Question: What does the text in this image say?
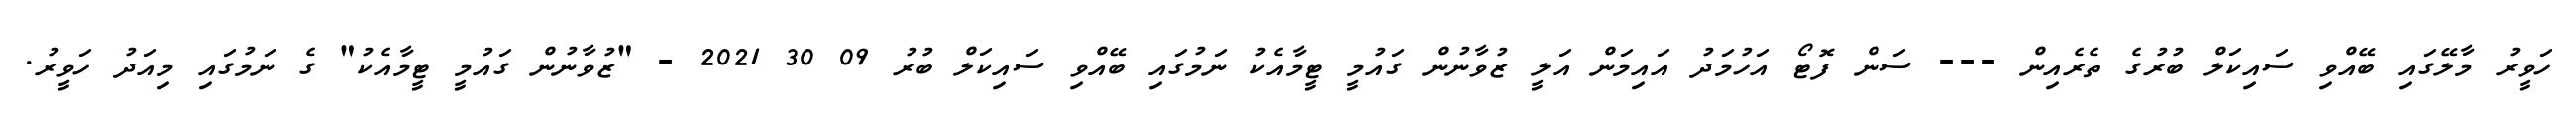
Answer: ހަވީރު މާލޭގައި ބޭއްވި ސައިކަލް ބުރުގެ ތެރެއިން --- ސަން ފޮޓޯ އަހުމަދު އައިމަން އަލީ ޒުވާނުން ގައުމީ ޓީމާއެކު ނަމުގައި ބޭއްވި ސައިކަލް ބުރު 09 30 2021 - "ޒުވާނުން ގައުމީ ޓީމާއެކު" ގެ ނަމުގައި މިއަދު ހަވީރު.